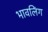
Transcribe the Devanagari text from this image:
भावलिंग